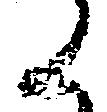
ん